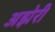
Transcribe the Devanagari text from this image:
अझेरी